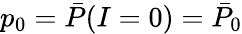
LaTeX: p_{\mathrm{0}}=\bar{P}(I=0)=\bar{P}_{\mathrm{0}}